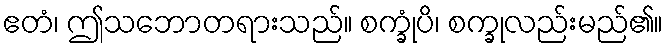
ဧတံ၊ ဤသဘောတရားသည်။ စက္ခုံပိ၊ စက္ခုလည်းမည်၏။